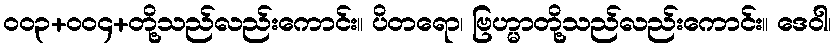
၀၀၃+၀၀၄+တို့သည်လည်းကောင်း။ ပိတရော၊ ဗြဟ္မာတို့သည်လည်းကောင်း။ ဒေဝါ၊